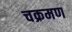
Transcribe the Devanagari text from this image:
चक्रमण